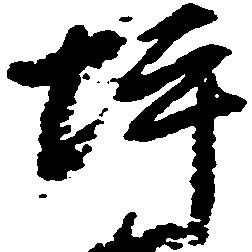
坪